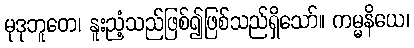
မုဒုဘူတေ၊ နူးညံ့သည်ဖြစ်၍ဖြစ်သည်ရှိသော်။ ကမ္မနိယေ၊